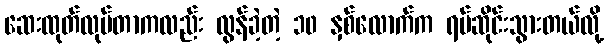
ဆေးထုတ်လုပ်တာကလည်း လွန်ခဲ့တဲ့ ၁၀ နှစ်လောက်က ရပ်ဆိုင်းသွားတယ်လို့